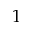
1